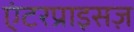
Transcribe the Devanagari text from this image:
एंटरप्राइसज़